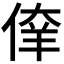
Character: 𰂘